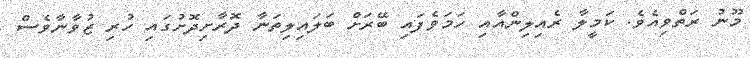
މޫނު ރަތްވިއެވެ. ކަމީލާ ރެއިލިންއާއި ހަމަވެފައި ބޭރަށް ބަލައިލިތަނާ ދޮރާށިދޮށުގައި ހުރި ޒުވާނާވެސް